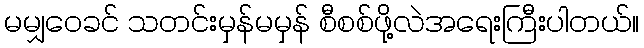
မမျှဝေခင် သတင်းမှန်မမှန် စီစစ်ဖို့လဲအရေးကြီးပါတယ်။